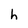
Character: h